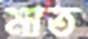
মাত